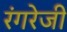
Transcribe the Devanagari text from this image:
रंगरेजी